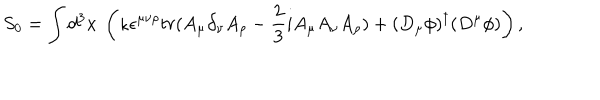
LaTeX: S _ { 0 } = \int d ^ { 3 } x ~ \left( \kappa \epsilon ^ { \mu \nu \rho } t r ( A _ { \mu } \partial _ { \nu } A _ { \rho } - \frac { 2 } { 3 } i A _ { \mu } A _ { \nu } A _ { \rho } ) + ( D _ { \mu } \phi ) ^ { \dagger } ( D ^ { \mu } \phi ) \right) ,